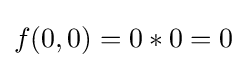
f(0,0)=0*0=0